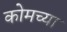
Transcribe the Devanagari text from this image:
कोमच्या